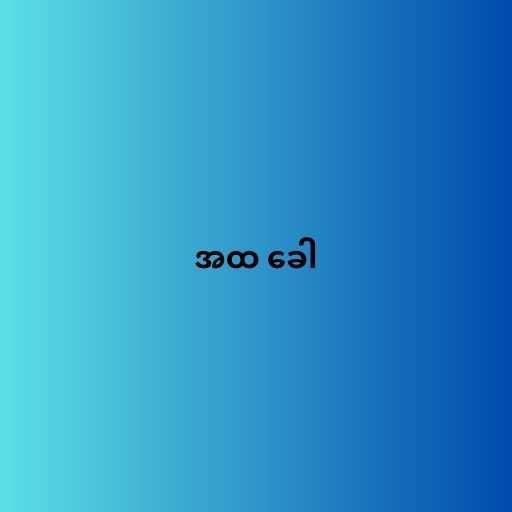
အထ ခေါ